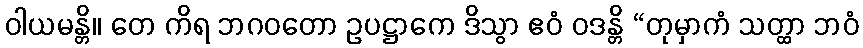
ဝါယမန္တိ။ တေ ကိရ ဘဂဝတော ဥပဋ္ဌာကေ ဒိသွာ ဧဝံ ဝဒန္တိ “တုမှာကံ သတ္ထာ ဘဝံ